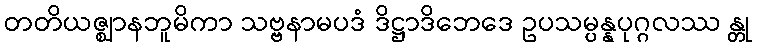
တတိယဇ္ဈာနဘူမိကာ သဗ္ဗနာမပဒံ ဒိဋ္ဌာဒိဘေဒေ ဥပသမ္ပန္နပုဂ္ဂလဿ န္တု